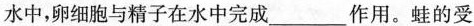
水中，卵细胞与精子在水中完成___作用。蛙的受